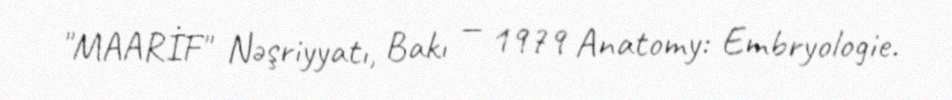
"MAARİF" Nəşriyyatı, Bakı — 1979 Anatomy: Embryologie.